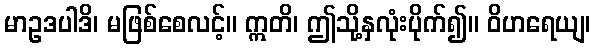
မာဥဒပါဒိ၊ မဖြစ်စေလင့်။ ဣတိ၊ ဤသို့နှလုံးပိုက်၍။ ဝိဟရေယျ၊